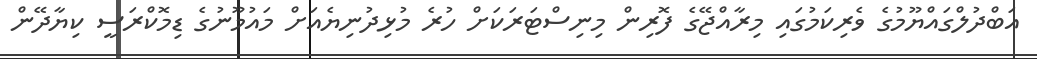
އަބްދުލްގައްޔޫމުގެ ވެރިކަމުގައި މިރާއްޖޭގެ ފޮރިން މިނިސްޓަރަކަށް ހުރެ މުޅިދުނިޔެއަށް މައުމޫނުގެ ޑިމޮކްރަސީ ކިޔާދޭން